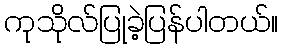
ကုသိုလ်ပြုခဲ့ပြန်ပါတယ်။